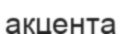
акцента